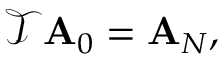
\mathcal { T } \mathbf { A } _ { 0 } = \mathbf { A } _ { N } ,